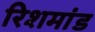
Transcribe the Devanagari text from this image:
रिशमांड